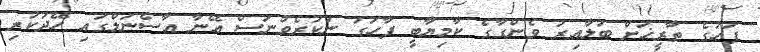
ފަހުގެ ތާރީޚަށް ބަލާއިރު ވެންގާގެ ކާމިޔާބީ ފާހަގަ ނުކުރެވުނަސް އޭނާ އާސެނަލްގައި ހޭދަކުރި